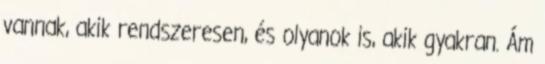
vannak, akik rendszeresen, és olyanok is, akik gyakran. Ám